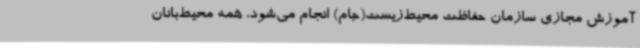
آموزش مجازی سازمان حفاظت محیط‌زیست(جام) انجام می‌شود، همه محیط‌بانان